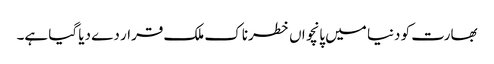
بھارت کو دنیا میں پانچواں خطرناک ملک قرار دے دیا گیا ہے۔